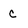
Character: c